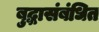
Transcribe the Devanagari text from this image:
बुद्धासंबंधित